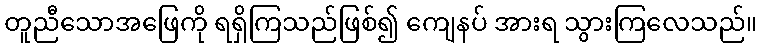
တူညီသောအဖြေကို ရရှိကြသည်ဖြစ်၍ ကျေနပ် အားရ သွားကြလေသည်။